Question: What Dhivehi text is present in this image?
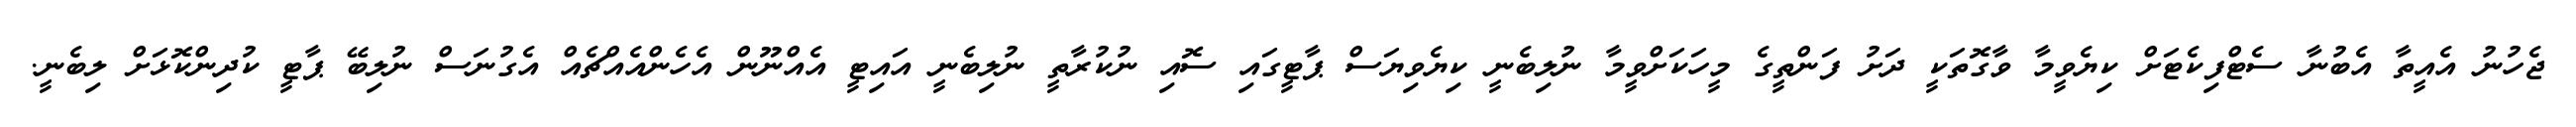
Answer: ޖެހުނު އެއީތާ އެބުނާ ސެޓްފިކެޓަށް ކިޔެވީމާ ވާގޮތަކީ ދަށު ފަންތީގެ މީހަކަށްވީމާ ނުލިބެނީ ކިޔެވިޔަސް ޕާޓީގައި ސޮއި ނުކުރާތީ ނުލިބެނީ އައިޓީ އެއްނޫން އެހެންއެއްޗެއް އެގުނަސް ނުލިބޭ ޕާޓީ ކުދިންކޮޅަށް ލިބެނީ.